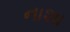
નાશા